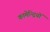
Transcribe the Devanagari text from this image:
कामेन्द्रियों